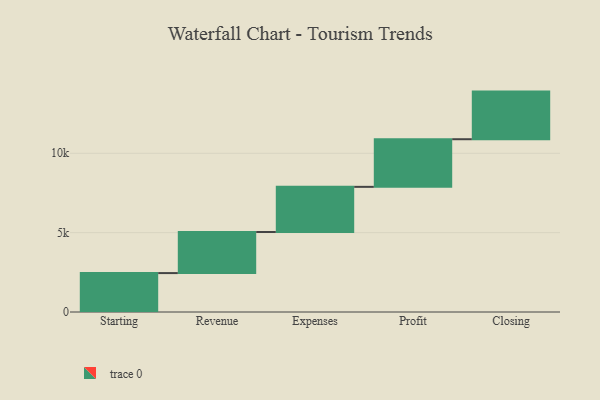
{"axis": {"x": "Step", "y": "Value"}, "legend": [""], "data": [{"x": "Starting", "y": 2451.0, "type": ""}, {"x": "Revenue", "y": 2587.0, "type": ""}, {"x": "Expenses", "y": 2846.0, "type": ""}, {"x": "Profit", "y": 3000, "type": ""}, {"x": "Closing", "y": 3000, "type": ""}]}